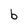
Character: b